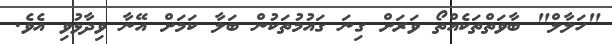
"ހަލާލް" ބާވަތްތަކެއްތޯ ވަރަށް ގިނަ ގައުމުތަކުން ބަލާ ކަމަށް އޭނާ ވިދާޅުވި އެވެ.